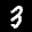
Label: 3